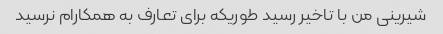
شیرینی من با تاخیر رسید طوریکه برای تعارف به همکارام نرسید